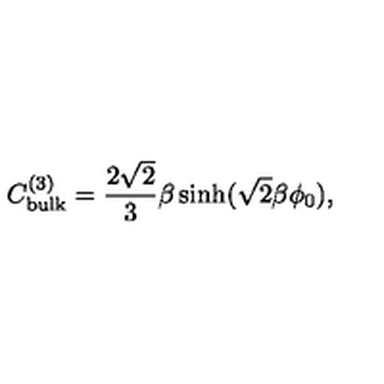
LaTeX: C _ { \mathrm { b u l k } } ^ { ( 3 ) } = \frac { 2 \sqrt { 2 } } { 3 } \beta \sinh ( \sqrt { 2 } \beta \phi _ { 0 } ) ,